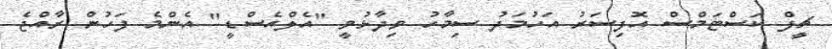
ޗީފް ކަސްޓަމްސް އޮފިސަރު އަހުމަދު ސިމާހު ވިދާޅުވީ "އެލްއެސްޑީ" އެންމެ ފަހުން ރާއްޖެ